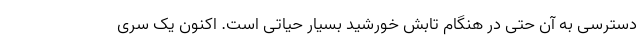
دسترسی به آن حتی در هنگام تابش خورشید بسیار حیاتی است. اکنون یک سری